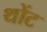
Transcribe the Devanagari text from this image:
थोंट